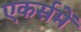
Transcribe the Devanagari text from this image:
एकर्समें